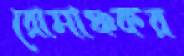
রোমাঞ্চকর